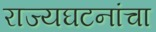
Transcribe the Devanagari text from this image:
राज्यघटनांचा